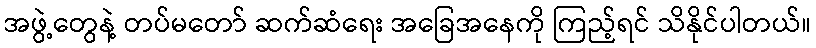
အဖွဲ့တွေနဲ့ တပ်မတော် ဆက်ဆံရေး အခြေအနေကို ကြည့်ရင် သိနိုင်ပါတယ်။